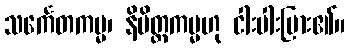
သင်္ကေတကမ္မ၊ နိမိတ္တကမ္မဟု ငါးပါးပြား၏။